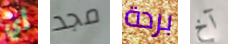
أي مجد بردة آخ